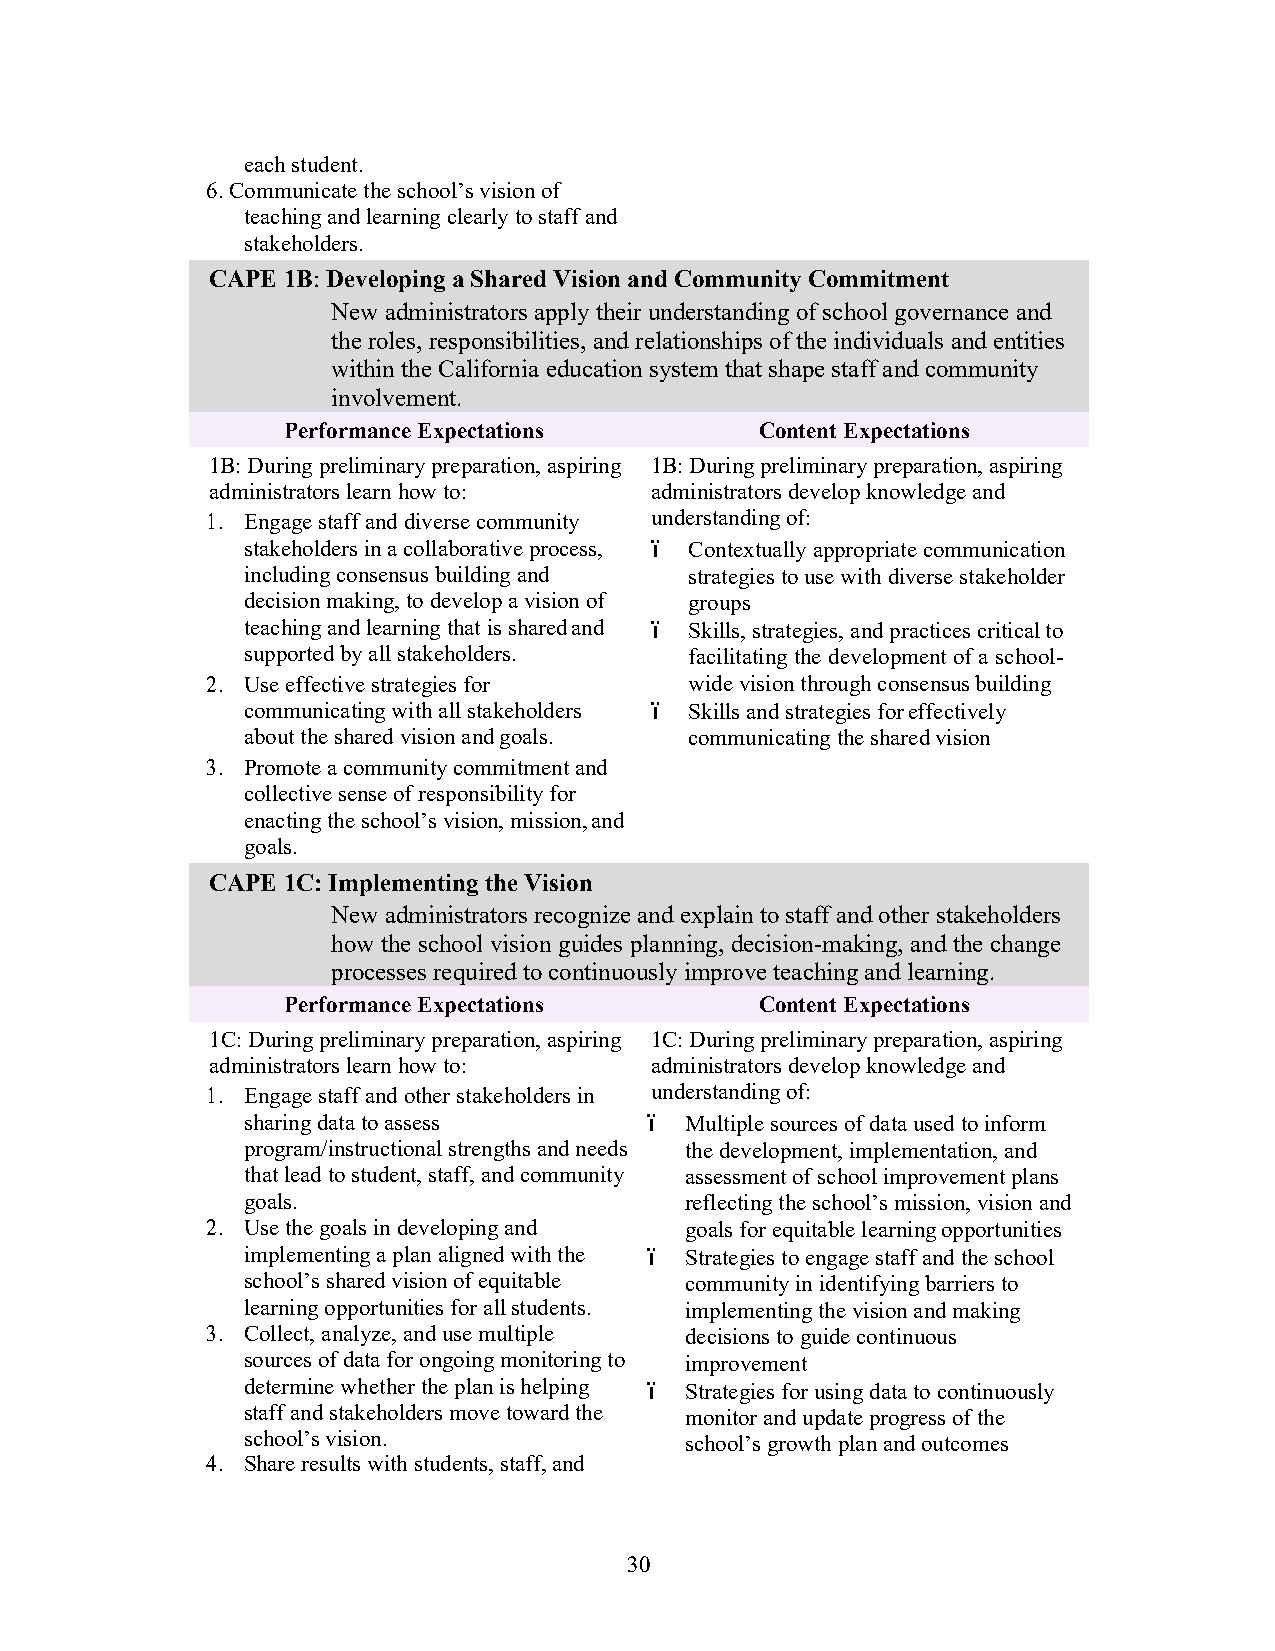
each student.
 6.Communicate the school’s vision of
 teaching and learning clearly to staff and
 stakeholders.
 CAPE 1B: Developing a Shared Vision and Community Commitment
 New administrators apply their understanding of school governance and
 the roles, responsibilities, and relationships of the individuals and entities
 within the California education system that shape staff and community
 involvement.
 Performance Expectations       Content Expectations
 1B: During preliminary preparation, aspiring 1B: During preliminary preparation, aspiring
 administrators learn how to: administrators develop knowledge and
 1. Engage staff and diverse community understanding of:
 stakeholders in a collaborative process, ï Contextually appropriate communication
 including consensus building and strategies to use with diverse stakeholder
 decision making, to develop a vision of groups
 teaching and learning that is shared and ï Skills, strategies, and practices critical to
 supported by all stakeholders. facilitating the development of a school-
 2. Use effective strategies for wide vision through consensus building
 communicating with all stakeholders ï Skills and strategies for effectively
 about the shared vision and goals. communicating the shared vision
 3. Promote a community commitment and
 collective sense of responsibility for
 enacting the school’s vision, mission, and
 goals.
 CAPE 1C: Implementing the Vision
 New administrators recognize and explain to staff and other stakeholders
 how the school vision guides planning, decision-making, and the change
 processes required to continuously improve teaching and learning.
 Performance Expectations       Content Expectations
 1C: During preliminary preparation, aspiring 1C: During preliminary preparation, aspiring
 administrators learn how to: administrators develop knowledge and
 1. Engage staff and other stakeholders in understanding of:
 sharing data to assess     ï Multiple sources of data used to inform
 program/instructional strengths and needs the development, implementation, and
 that lead to student, staff, and community assessment of school improvement plans
 goals.                       reflecting the school’s mission, vision and
 2. Use the goals in developing and goals for equitable learning opportunities
 implementing a plan aligned with the ï Strategies to engage staff and the school
 school’s shared vision of equitable community in identifying barriers to
 learning opportunities for all students. implementing the vision and making
 3. Collect, analyze, and use multiple decisions to guide continuous
 sources of data for ongoing monitoring to improvement
 determine whether the plan is helping ï Strategies for using data to continuously
 staff and stakeholders move toward the monitor and update progress of the
 school’s vision.             school’s growth plan and outcomes
 4. Share results with students, staff, and
 30